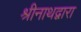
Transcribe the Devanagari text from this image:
श्रीनाथद्वारा